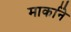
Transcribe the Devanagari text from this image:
मार्काने